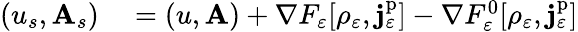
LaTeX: \begin{array}{rl}{(u_{s},\mathbf{A}_{s})}&{{}=(u,\mathbf{A})+\nabla F_{\varepsilon}[\rho_{\varepsilon},\mathbf{j}_{\varepsilon}^{\mathrm{p}}]-\nabla F_{\varepsilon}^{0}[\rho_{\varepsilon},\mathbf{j}_{\varepsilon}^{\mathrm{p}}]}\end{array}